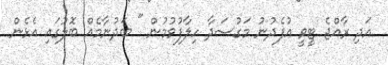
އަދި ރާއްޖެ ޓީވީ އުފެދުނު މަގުސަދާ ހިލާފުވުމުން " ބަދުނާމެއް ބޮލުގައި އެޅެން